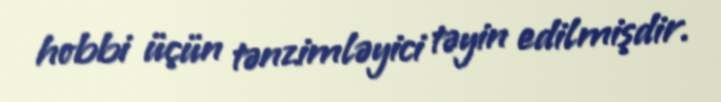
hobbi üçün tənzimləyici təyin edilmişdir.